Epidemic dropsy in Calcutta - Number 49
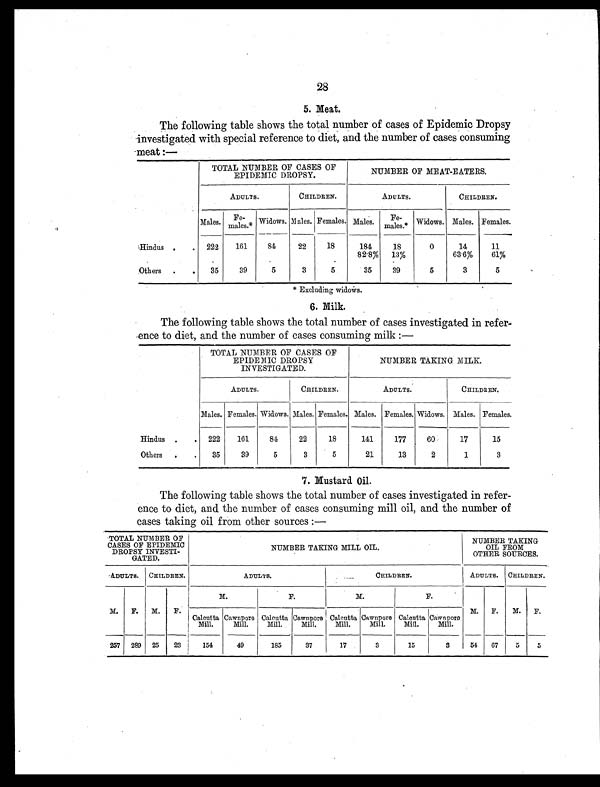
28
5. Meat.
The following table shows the total number of cases of Epidemic Dropsy
investigated with special reference to diet, and the number of cases consuming
meat:—
TOTAL NUMBER OF CASES OF
EPIDEMIC DROPSY.
NUMBER OF MEAT-EATERS.
ADULTS.
CHILDREN.
ADULTS.
CHILDREN.
Males
Fe
males.*
Widows. Males. Females. Males.
Females.* Widows. Males. Females.
Hindus .
.
222
161
84
22
18
184
82.8%
18
13%
0
14
63.6%
11
61%
Others
.
.
35
39
5
3 5
35
39
5
3
5
* Excluding widows.
6. Milk.
The following table shows the total number of cases investigated in refer-
ence to diet, and the number of cases consuming milk:—
TOTAL NUMBER OF CASES OF
EPIDEMIC DROPSY
INVESTIGATED.
NUMBER TAKING MILK.
ADULTS.
CHILDREN.
ADULTS.
CHILDREN.
Males. Females. Widows. Males. Females. Males. Females. Widows. Males. Females.
Hindus
.
.
222
161
84
22
18
141
177
60
17
15
Others
. .
35
39
5
3
5
21
13
2
1
3
7. Mustard Oil.
The following table shows the total number of cases investigated in refer-
ence to diet, and the number of cases consuming mill oil, and the number of
cases taking oil from other sources:—
TOTAL NUMBER OF
CASES OF EPIDEMIC
DROPSY INVESTI-
GATED.
NUMBER TAKING MILL OIL.
NUMBER TAKING
OIL FROM
OTHER SOURCES.
ADULTS.
CHILDREN.
A D U L T S .
CHILDREN.
ADULTS. CHILDREN.
M.
F.
M.
F.
M.
F.
M.
F.
M.
F.
M.
F.
Calcutta
Mill.
Cawnpore
Mill.
Calcutta
Mill.
Cawnpore
Mill.
Calcutta
Mill.
Cawnpore
Mill.
Calcutta
Mill.
Cawnpore
Mill.
257
289
25
23
154
49
185
37
17
3
15
3
54
67
5
5